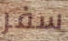
سفر